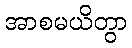
အာစမယိတွာ